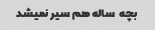
بچه  ساله هم سیر نمیشد